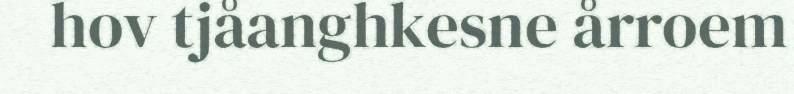
hov tjåanghkesne årroem